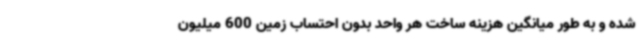
شده و به طور میانگین هزینه ساخت هر واحد بدون احتساب زمین 600 میلیون